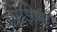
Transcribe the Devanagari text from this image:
आड़ियाँ